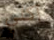
آكلي